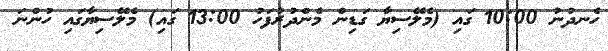
ހެނދުނު 10:00 ގައި (މެލޭސިޔާ ގަޑިން މެންދުރުފަހު 13:00 ގައި) މެލޭސިޔާގައި ހުންނަ